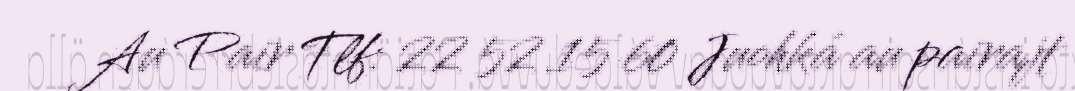
Au Pair Tlf: 22 52 15 60 Juohká au pairajt